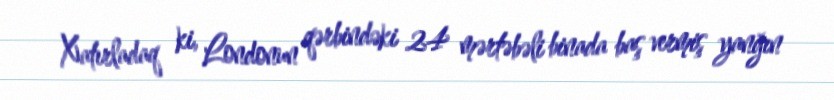
Xatırladaq ki, Londonun qərbindəki 24 mərtəbəli binada baş vermiş yanğın